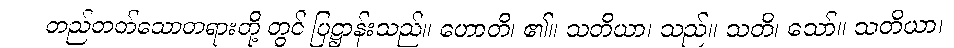
တည်တတ်သောတရားတို့ တွင် ပြဋ္ဌာန်းသည်။ ဟောတိ၊ ၏။ သတိယာ၊ သည်။ သတိ၊ သော်။ သတိယာ၊